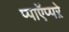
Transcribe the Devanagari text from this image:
प्पाऍप्पऱे